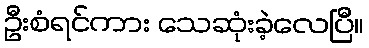
ဦးစံရင်ကား သေဆုံးခဲ့လေပြီ။